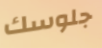
جلوسك